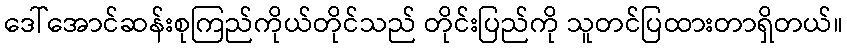
ဒေါ်အောင်ဆန်းစုကြည်ကိုယ်တိုင်သည် တိုင်းပြည်ကို သူတင်ပြထားတာရှိတယ်။